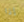
إذا